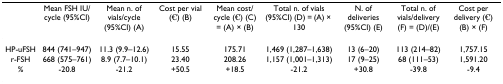
<table><thead><tr><td></td><td><b>Mean FSH IU/cycle (95%CI)</b></td><td><b>Mean n. of vials/cycle (95%CI) (A)</b></td><td><b>Cost per vial (€) (B)</b></td><td><b>Mean cost/cycle (€) (C) = (A) × (B)</b></td><td><b>Total n. of vials (95%CI) (D) = (A) × 130</b></td><td><b>N. of deliveries (95%CI) (E)</b></td><td><b>Total n. of vials/delivery (F) = (D)/(E)</b></td><td><b>Cost per delivery (€) (B) × (F)</b></td></tr></thead><tbody><tr><td>HP-uFSH</td><td>844 (741–947)</td><td>11.3 (9.9–12.6)</td><td>15.55</td><td>175.71</td><td>1,469 (1,287–1,638)</td><td>13 (6–20)</td><td>113 (214–82)</td><td>1,757.15</td></tr><tr><td>r-FSH</td><td>668 (575–761)</td><td>8.9 (7.7–10.1)</td><td>23.40</td><td>208.26</td><td>1,157 (1,001–1,313)</td><td>17 (9–25)</td><td>68 (111–53)</td><td>1,591.20</td></tr><tr><td>%</td><td>-20.8</td><td>-21.2</td><td>+50.5</td><td>+18.5</td><td>-21.2</td><td>+30.8</td><td>-39.8</td><td>-9.4</td></tr></tbody></table>